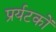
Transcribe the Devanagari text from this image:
प्रर्यटकों